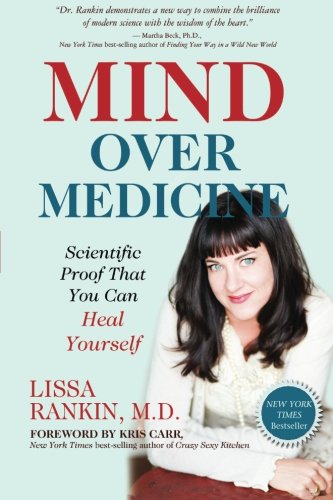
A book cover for Mind Over Medicine: Scientific Proof That You Can Heal Yourself; Lissa Rankin M.D.; Health, Fitness & Dieting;